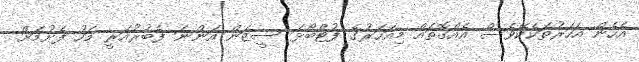
އެހެން އަހަރުތަކެކޭވެސް އެއްގޮތައް މިއަހަރުގެ ފުޓްބޯޅަ ސީޒަން އަންނަ ފެބުރުއަރީ މަހު ފެށުމަށް